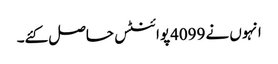
انہوں نے 4099پوائنٹس حاصل کئے۔